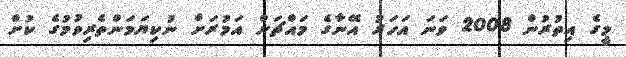
މީގެ އިތުރުން 2008 ވަނަ އަހަރު އޭނާގެ މައްޗަށް އަމުރަށް ނުކިޔަމަންތެރިވުމުގެ ކުށް